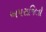
અપરાજિતો